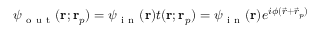
\psi _ { \mathrm { ~ o ~ u ~ t ~ } } ( \mathbf { r } ; \mathbf { r } _ { p } ) = \psi _ { \mathrm { ~ i ~ n ~ } } ( \mathbf { r } ) t ( \mathbf { r } ; \mathbf { r } _ { p } ) = \psi _ { \mathrm { ~ i ~ n ~ } } ( \mathbf { r } ) e ^ { i \phi ( \vec { r } + \vec { r } _ { p } ) }